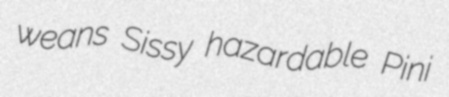
weans Sissy hazardable Pini